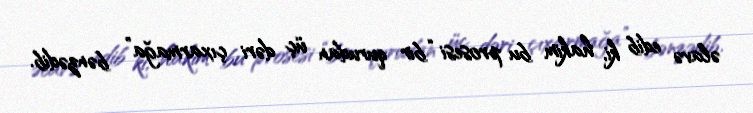
əlavə edib ki, hakim bu prosesi “bir qurudan üç dəri çıxarmağa” bənzədib.